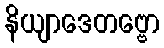
နိယျာဒေတဗ္ဗော